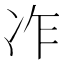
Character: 𠖽